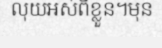
លុយអស់ពីខ្លួន។មុន